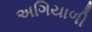
અગિયાળી